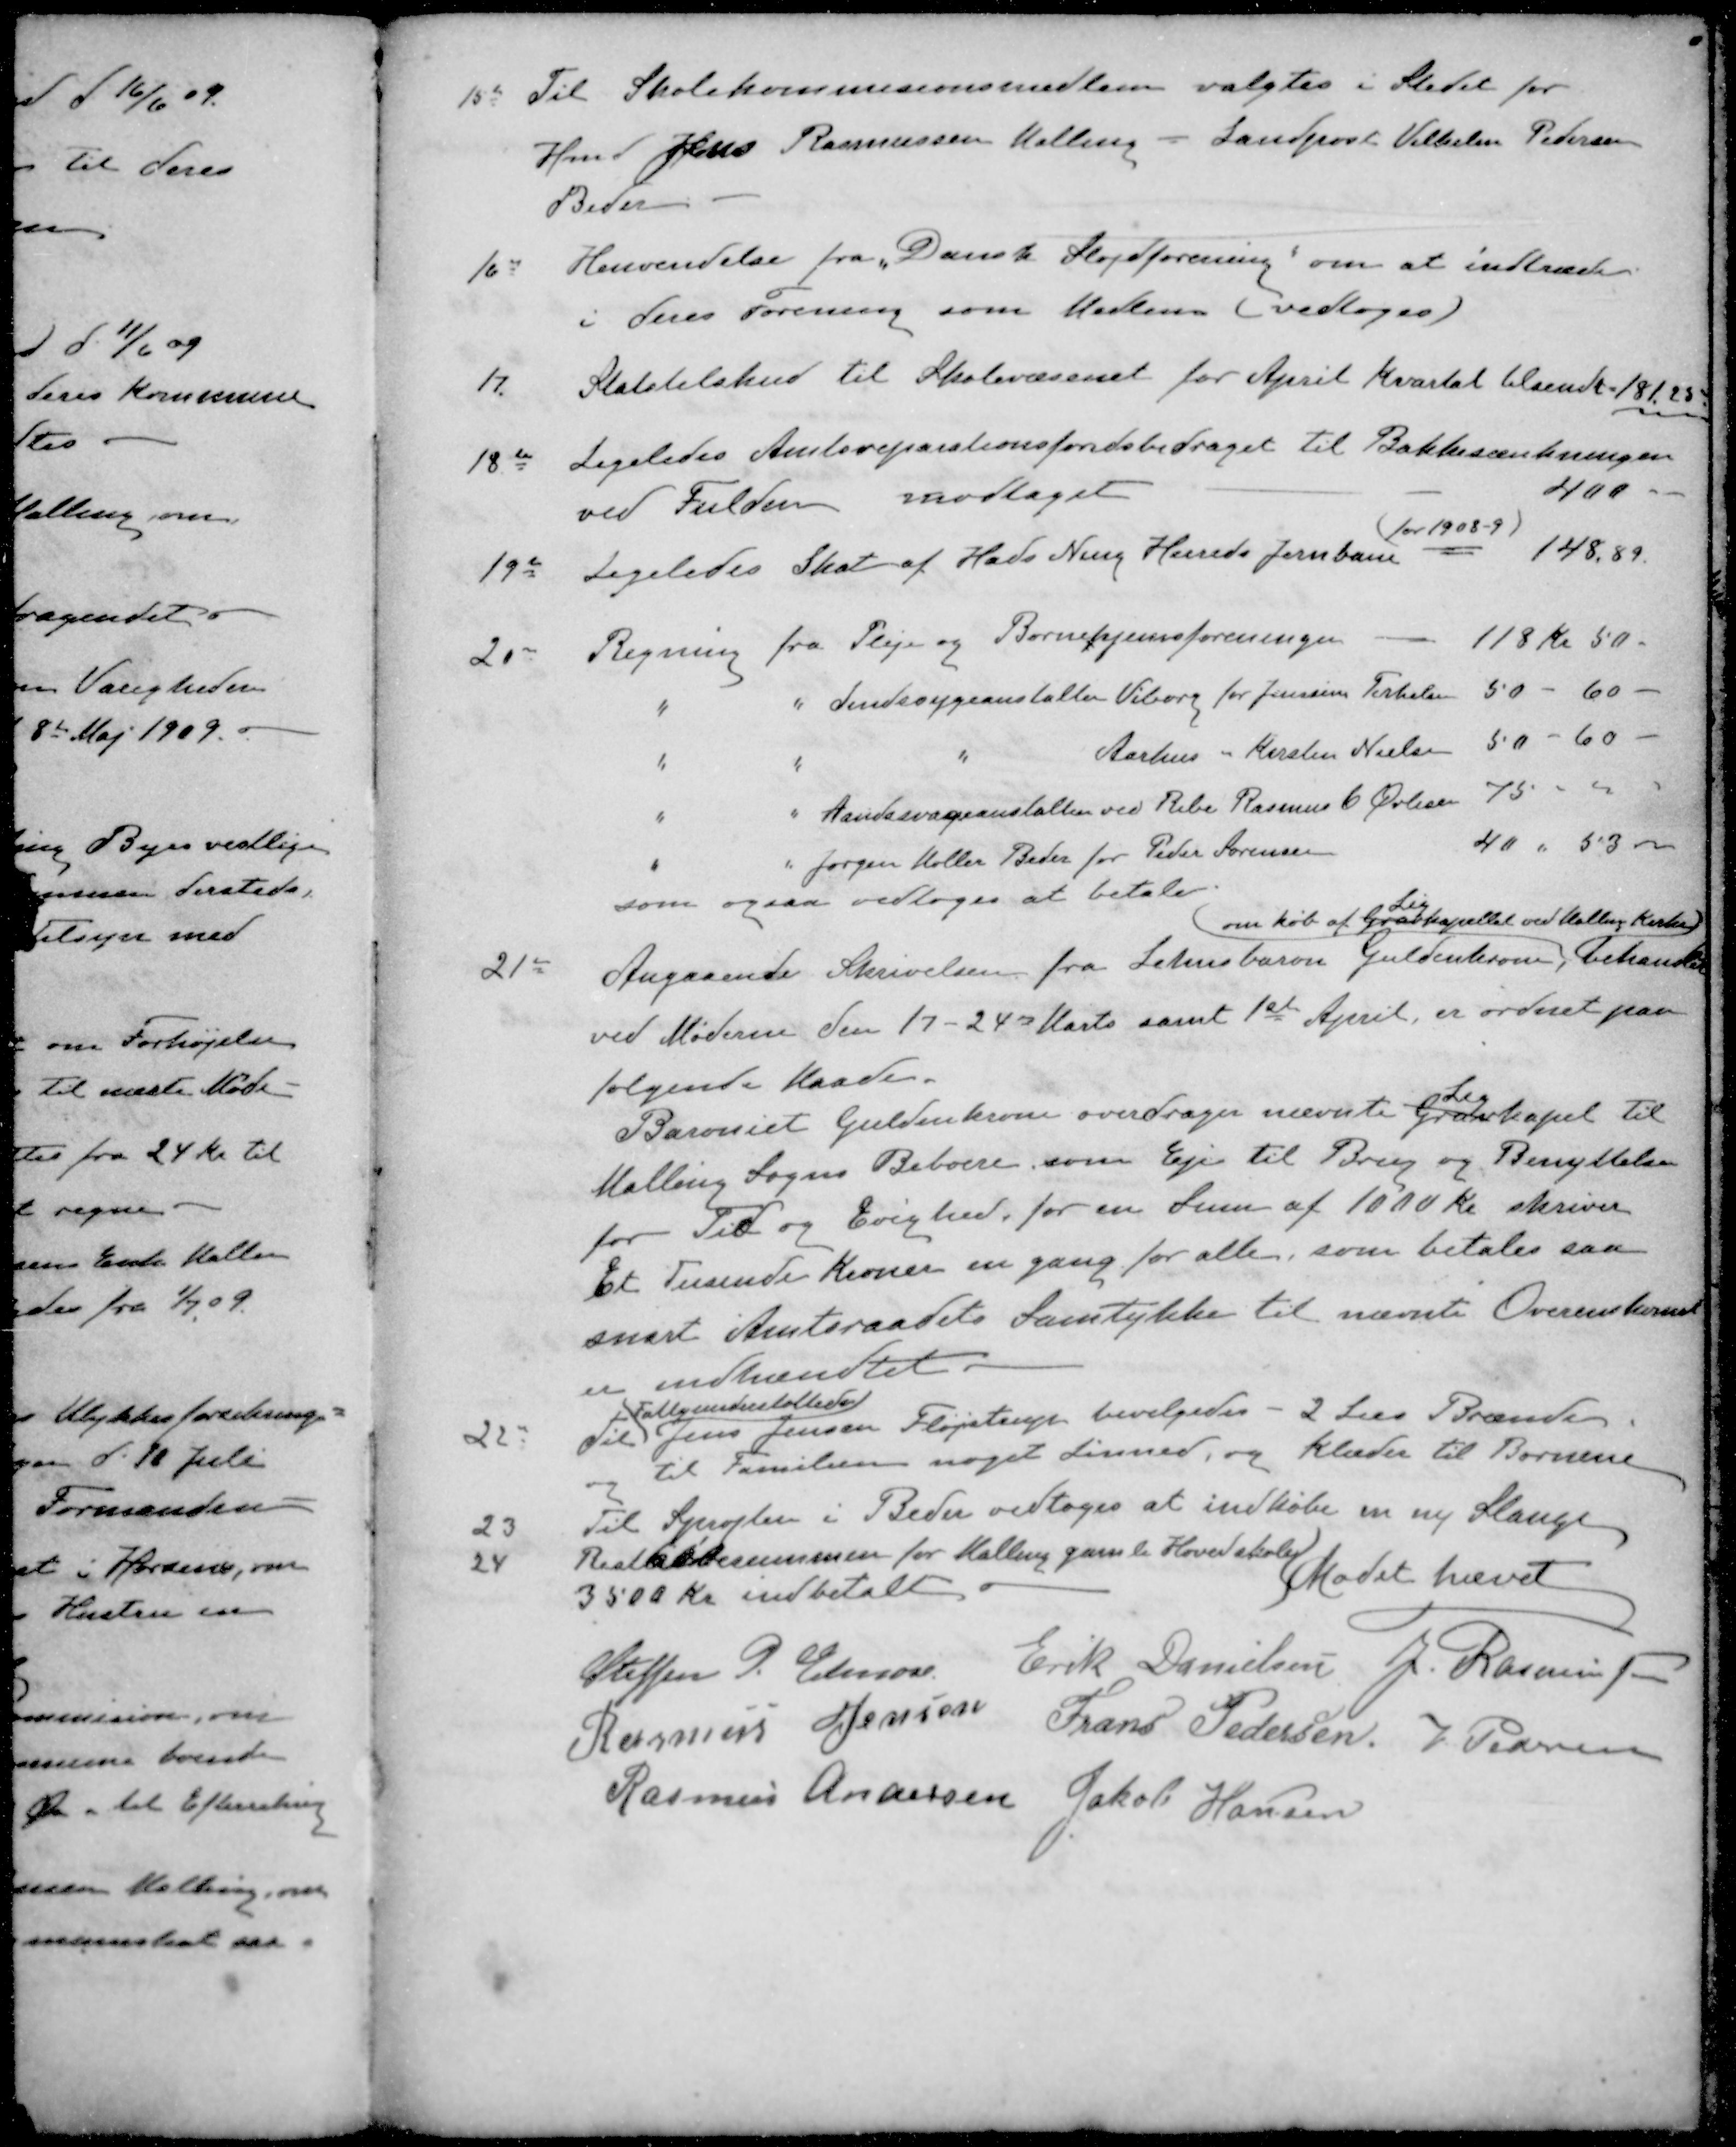
Transskription:
15de Til Skolekommisionsmedlem valgtes i Stedet for
Hmd Jens Rasmussen Malling - Landpost Vilhelm Pedersen
Beder
16de Henvendelse fra „Dansk Sløjdforening" om at indtræde
i deres Forening som Medlem (vedtoges)
17. Statstilskud til Skolevæsenet for April Kvartal tilsendt 181,25
18de Ligeledes Amtsreparationsfondsbidraget til Bakkesænkningen
ved Fulden modtaget 400
(for 1908-9)
19de Ligeledes Skat af Hads Ning Herreds Jernbane 148.89.
20de Regning fra Pleje og Børnehjemsforeningen. 118 kr 50 -
" " Sindssygeanstalten Viborg for Jenssine Terkelsen 50 - 60 -
" " " Aarhus " Kirsten Nielsen 50 - 60 -
" " Aandssvageanstalten ved Ribe Rasmus C Øvlesen 75 -
" " Jørgen Møller Beder for Peder Sørensen 40 " 53 -
som ogsaa vedtoges at betale
Lig
om køb af Gravkapellet ved Malling Kirke
21de Angaaende Skrivelsen fra Lehnsbaron Guldenkrone, behandlet
ved Møderne den 17 - 24de Marts samt 1ste April er ordnet paa
følgende Maade.
Lig
Baroniet Guldenkrone overdrager nævnte Gravkapel til
Malling Sogns Beboere, som Eje til Brug og Benyttelse
for Tid og Evighed, for en Sum af 1000 Kr skriver
Et Tusinde Kroner en gang for alle, som betales saa
snart Amtsraadets Samtykke til nævnte Overenskomst
er indhændtet.
Fattigunderstøttede
22de Til Jens Jensen Fløjstrup bevilgedes - 2 Læs Brænde
og til Familien noget Linned, og klæder til Børnene
23 Til Sprøjten i Beder vedtoges at indkøbe en ny Slange
24 Restkøbesummen for Malling gamle Hovedskole
3500 Kr. indbetalt
Mødet hævet
Steffen P. Elmose
Erik Danielsen
J. Rasmussen
Rasmus Jensen
Frans Pedersen
J. Pedersen
Rasmus Andersen
Jakob Hansen